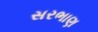
સરભાણ